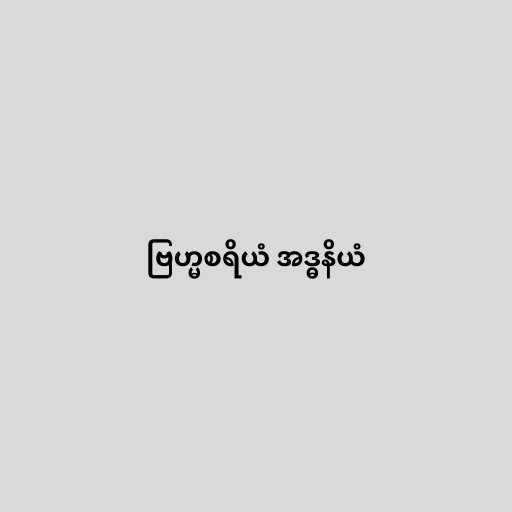
ဗြဟ္မစရိယံ အဒ္ဓနိယံ